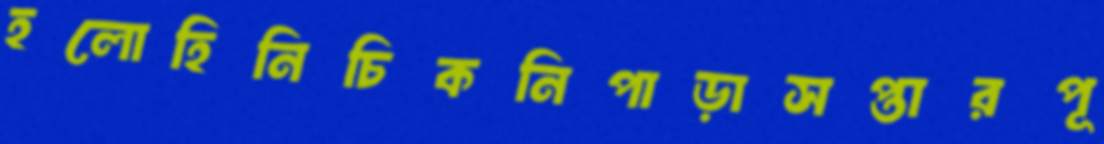
হলোহিনিচিকনিপাড়াসপ্তারপূ